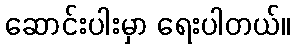
ဆောင်းပါးမှာ ရေးပါတယ်။